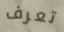
تعرف